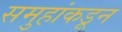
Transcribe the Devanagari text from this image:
समुहांकडून